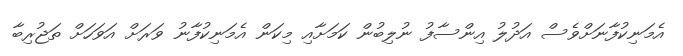
އެމަނިކުފާނަށްވެސް އަދުލު އިންސާފު ނުލިބުން ކަމަށާއި މިކަން އެމަނިކުފާނު ވަރަށް އަވަހަށް ތަޖުރިބާ